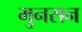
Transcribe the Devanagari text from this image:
मुनसन